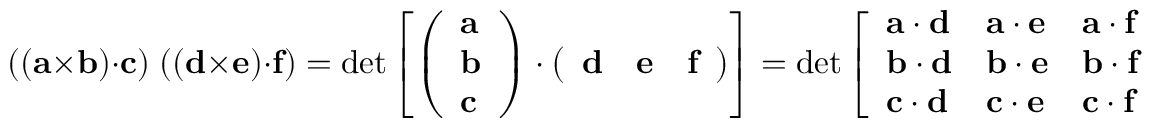
( ( \mathbf { a } \times \mathbf { b } ) \cdot \mathbf { c } ) \; ( ( \mathbf { d } \times \mathbf { e } ) \cdot \mathbf { f } ) = \operatorname* { d e t } \left[ { \left( \begin{array} { l } { \mathbf { a } } \\ { \mathbf { b } } \\ { \mathbf { c } } \end{array} \right) } \cdot { \left( \begin{array} { l l l } { \mathbf { d } } & { \mathbf { e } } & { \mathbf { f } } \end{array} \right) } \right] = \operatorname* { d e t } { \left[ \begin{array} { l l l } { \mathbf { a } \cdot \mathbf { d } } & { \mathbf { a } \cdot \mathbf { e } } & { \mathbf { a } \cdot \mathbf { f } } \\ { \mathbf { b } \cdot \mathbf { d } } & { \mathbf { b } \cdot \mathbf { e } } & { \mathbf { b } \cdot \mathbf { f } } \\ { \mathbf { c } \cdot \mathbf { d } } & { \mathbf { c } \cdot \mathbf { e } } & { \mathbf { c } \cdot \mathbf { f } } \end{array} \right] }